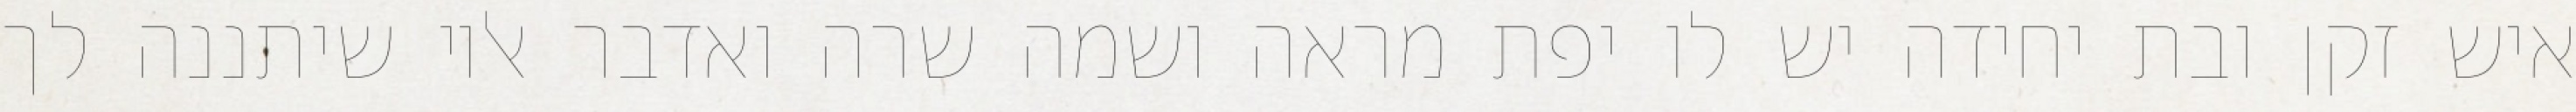
איש זקן ובת יחידה יש לו יפת מראה ושמה שרה ואדבר אליו שיתננה לך